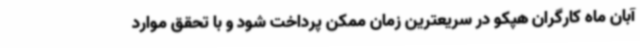
آبان ماه کارگران هپکو در سریعترین زمان ممکن پرداخت شود و با تحقق موارد